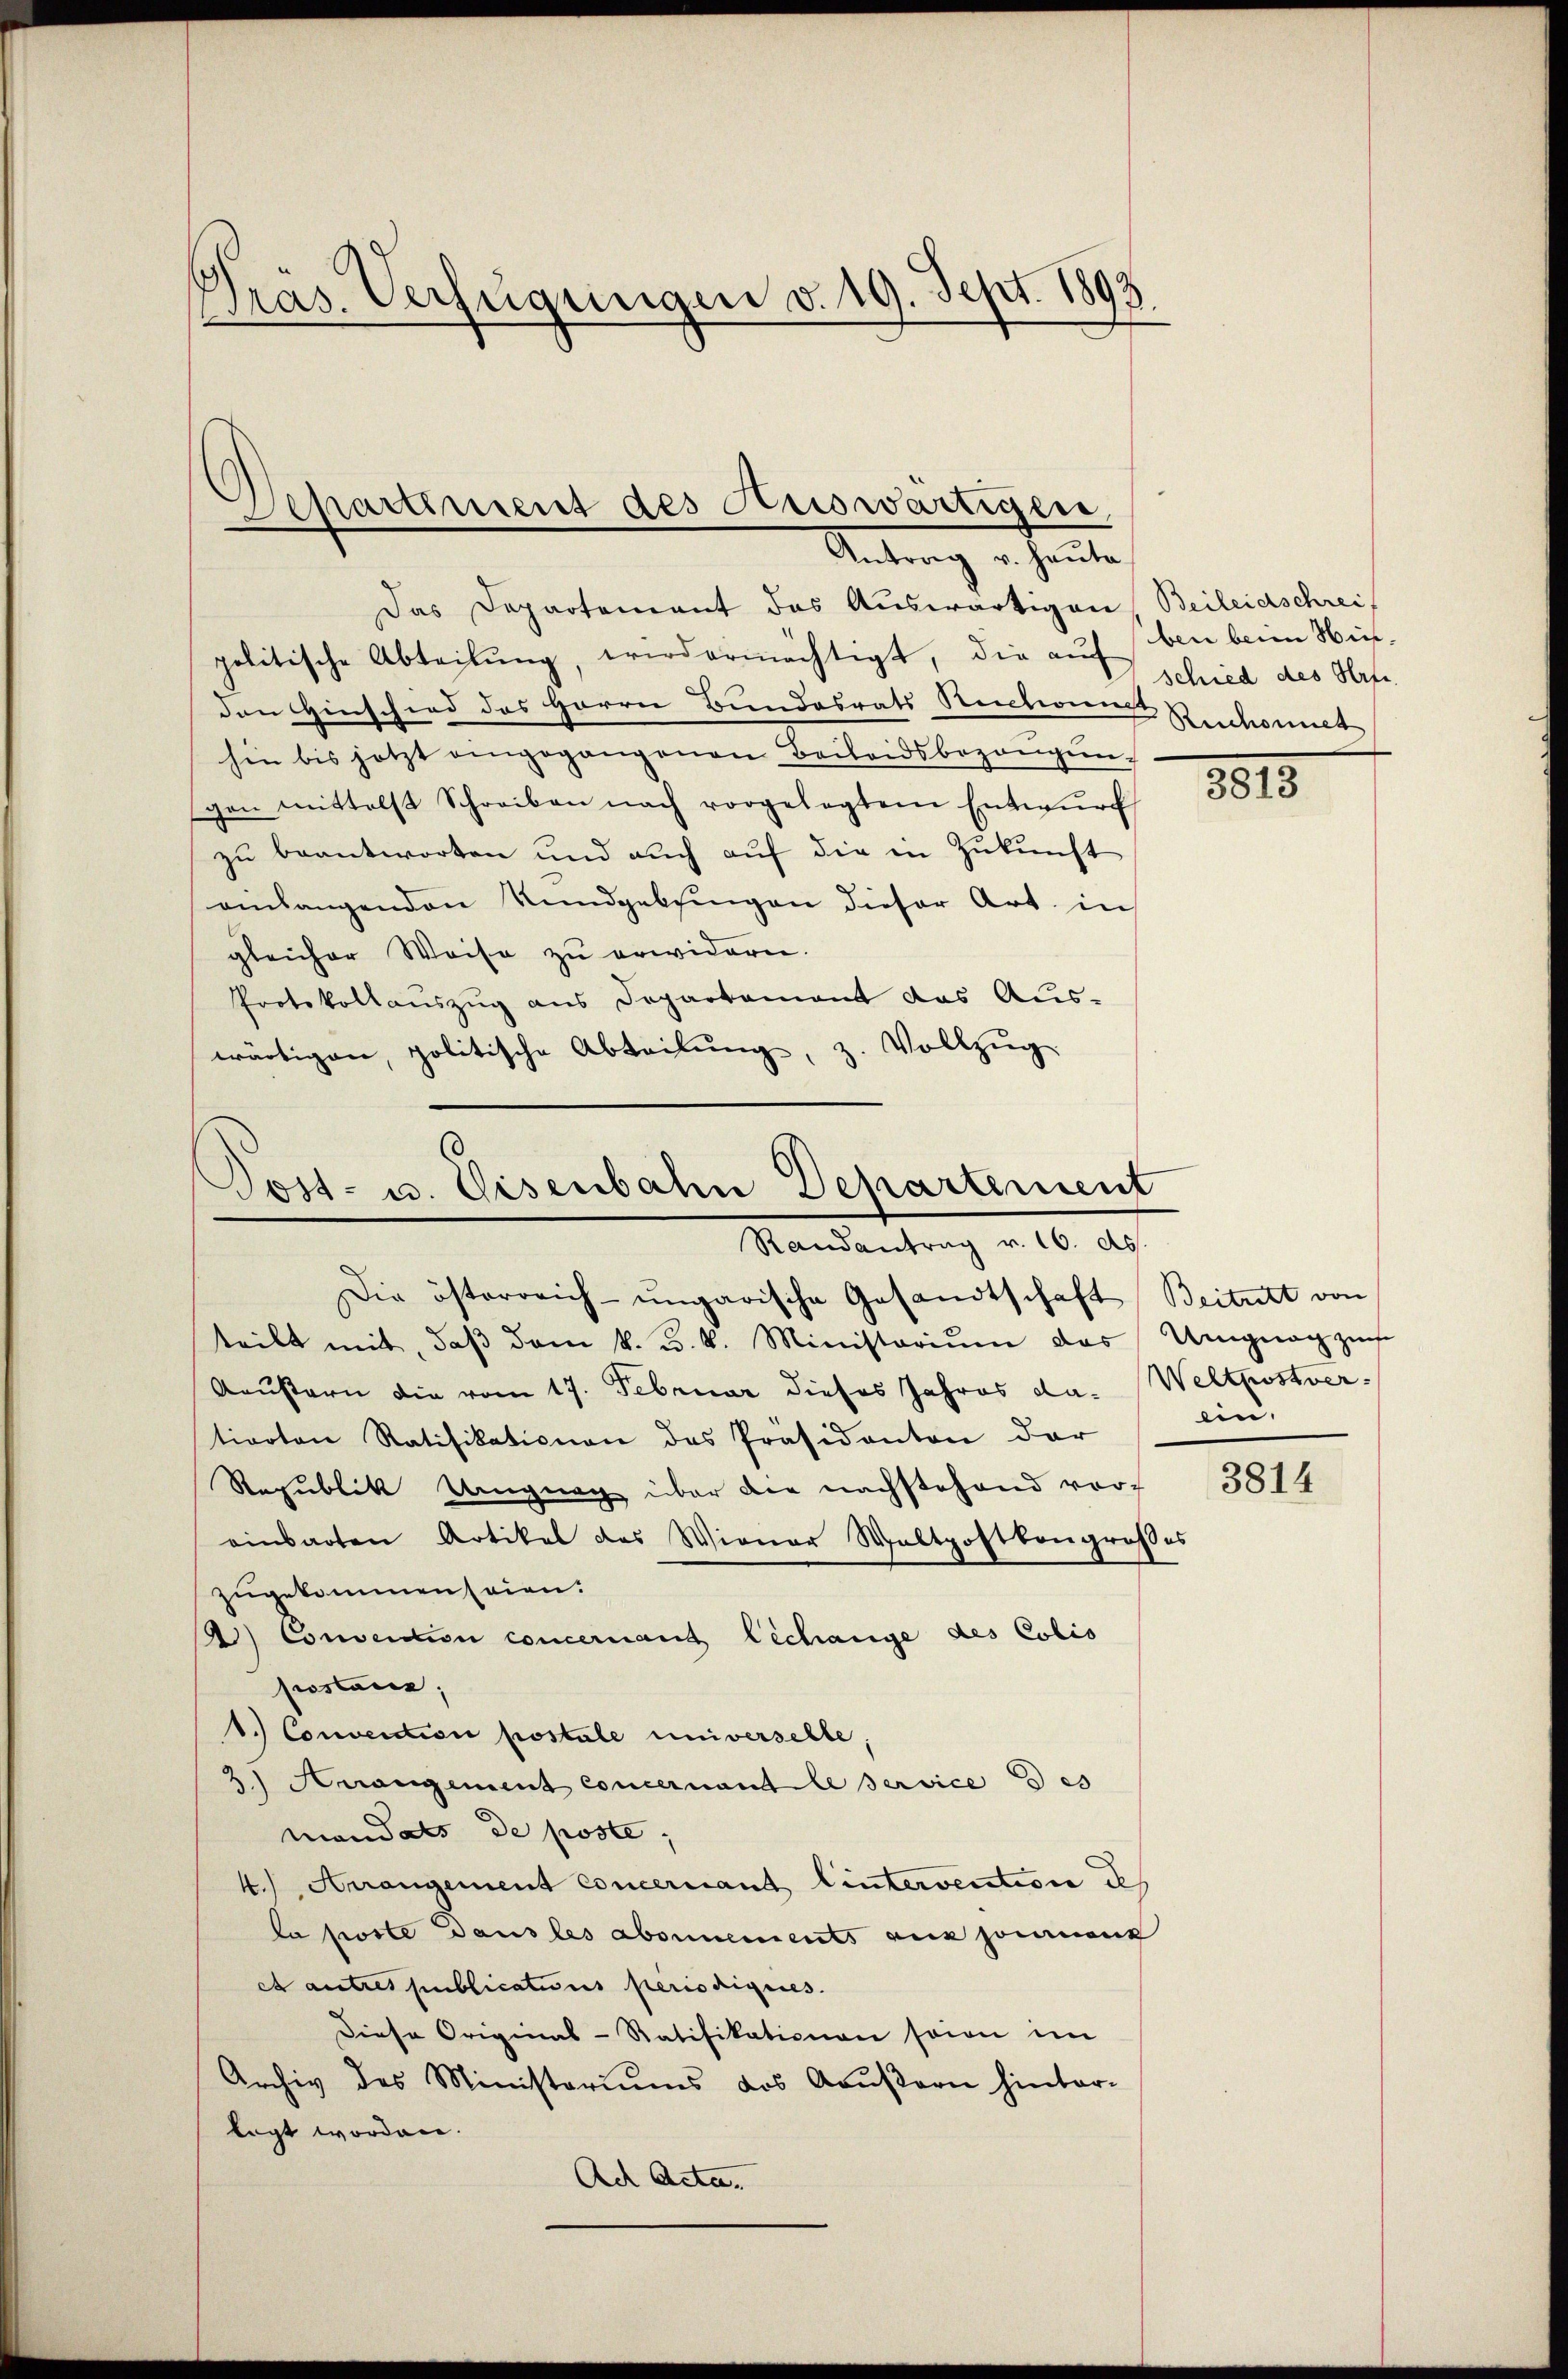
Präs. Verfügungen v. 19. Sept. 1893.

Separtement des Auswärtigen,
Antrag u. heute

Das Departement das Auswärtigen Beileidschreif
politische Abteilung, wird ermächtigt, die auch siben beim Hinden Hinschied des Herrn Bundesrats Rentwing Ruchmack
hin bis jetzt angegangenen Beileidsbezangŭng
gen mittelst Schreiben nach vorgelegtem Entwŭrf
zu beantworten und auch auf die in Zukunft
einlangenden Rundgebtingen dieser Art. in
gleicher Weise zu erwidern.
Protokollauszug aus Departement das Aus-
wärtigen, politische Abteilŭng, z. Vollzŭg

Post- u. Eisenbahn Departement
Randantrag v. 16. d.

schied des Herte.

Die österreich-ungarische Gesandtschaft Beitritt von
teilt mit, daβ dem k. u. k. Ministoriŭm das Ungnag zu
Aeustern die vom 17. Februar dieses Jahres da. Weltpostver-
tivoten Ratifikationen des Präsidanton der
Republik Ungung über die nachstehend vorf
einbarten Artikel das Wiener Waltpostbaugroßes
zugekommen seien.
) Conviction concernand Lechange des Colis
postaren,
1.) Convention postole universelbe,
3) Arrangement Concernant le service des
Mandats de poste,
4.) Arrangement Concernant lintervention des
la poste Dans les abonnements aux jouranz
et autres publications periodiques.
Diese Original-Ratifikationen seien im
Archiv des Ministeriums dos Aeußern hinter-
legt worden.
Ach Acta.

8815

ein,

3814